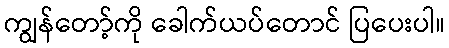
ကျွန်တော့်ကို ခေါက်ယပ်တောင် ပြပေးပါ။